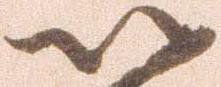
以